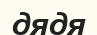
дядя